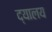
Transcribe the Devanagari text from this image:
द्यालय